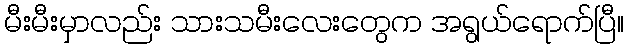
မီးမီးမှာလည်း သားသမီးလေးတွေက အရွယ်ရောက်ပြီ။